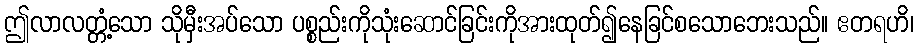
ဤလာလတ္တံ့သော သိုမှီးအပ်သော ပစ္စည်းကိုသုံးဆောင်ခြင်းကိုအားထုတ်၍နေခြင်စသောဘေးသည်။ ဧတရဟိ၊